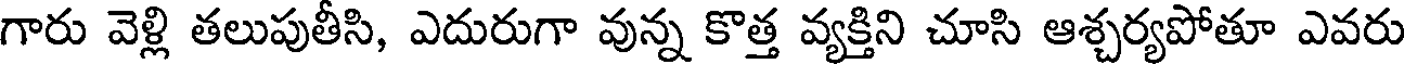
గారు వెళ్లి తలుపుతీసి, ఎదురుగా వున్న కొత్త వ్యక్తిని చూసి ఆశ్చర్యపోతూ ఎవరు